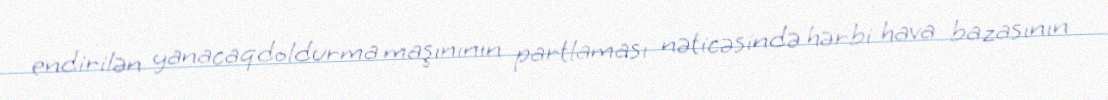
endirilən yanacaqdoldurma maşınının partlaması nəticəsində hərbi hava bazasının